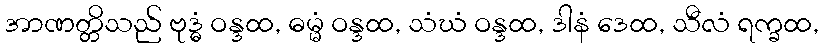
အာဏတ္တိသည် ဗုဒ္ဓံ ဝန္ဒထ, ဓမ္မံ ဝန္ဒထ, သံဃံ ဝန္ဒထ, ဒါနံ ဒေထ, သီလံ ရက္ခထ,